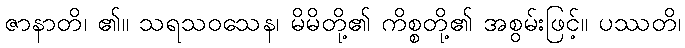
ဇာနာတိ၊ ၏။ သရသဝသေန၊ မိမိတို့၏ ကိစ္စတို့၏ အစွမ်းဖြင့်။ ပဿတိ၊